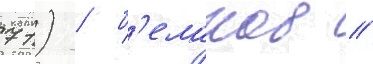
71) / б'еланов /